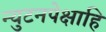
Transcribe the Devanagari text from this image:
न्युटनपेक्षाहि